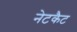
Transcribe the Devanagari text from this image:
नेटकैट